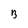
Character: B